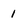
Character: 1